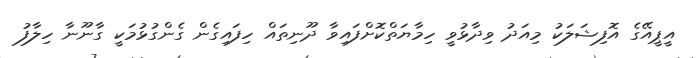
އީޕީއޭގެ އޮފިޝަލަކު މިއަދު ވިދާޅުވީ ހިމާޔަތްކޮށްފައިވާ ދޫނިތައް ހިފައިގެން ގެންގުޅުމަކީ ގާނޫނާ ހިލާފު